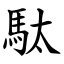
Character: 駄